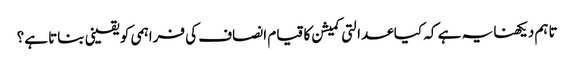
تاہم دیکھنا یہ ہے کہ کیا عدالتی کمیشن کا قیام انصاف کی فراہمی کو یقینی بناتا ہے؟